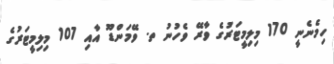
ހިމެނެނީ 170 މިލިމީޓަރުގެ ވާރޭ ވެހުނު ތ. ވޭމަންޑޫ އާއި 107 މިލިމީޓަރުގެ